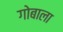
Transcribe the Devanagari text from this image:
गोबाला